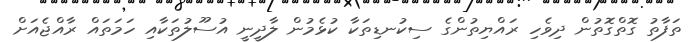
ތަފާތު ގޮތްގޮތުން ދިވެހި ރައްޔިތުންގެ ސިކުނޑިތަކާ ކުޅެމުން ލާދީނީ އުސޫލުތަކާއި ހަމަތައް ރާއްޖެއަށް